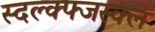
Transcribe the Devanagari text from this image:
स्दल्क्फ्जस्क्ल